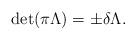
LaTeX: \begin{align*} \det(\pi \Lambda) = \pm \delta \Lambda. \end{align*}